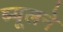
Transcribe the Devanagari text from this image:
ब्यूलने